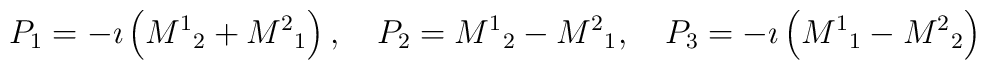
P_1 = -\imath \left( {M^1}_2 +{M^2}_1 \right),\quad P_2 =  {M^1}_2 -{M^2}_1 ,\quad  P_3 =-\imath \left( {M^1}_1 - {M^2}_2 \right)